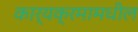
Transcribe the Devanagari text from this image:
कार्यक्रमामधील